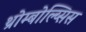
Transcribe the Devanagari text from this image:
थ्रोम्बोल्य्सिस